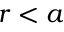
r < a